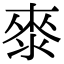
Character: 𭱁